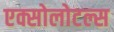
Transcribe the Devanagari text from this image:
एक्सोलोटल्स